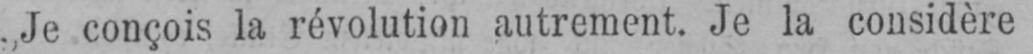
„Je conçois la révolution autrement. Je la considère